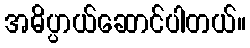
အဓိပ္ပာယ်ဆောင်ပါတယ်။